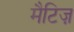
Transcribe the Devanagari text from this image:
मैटिज़